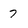
Character: 7